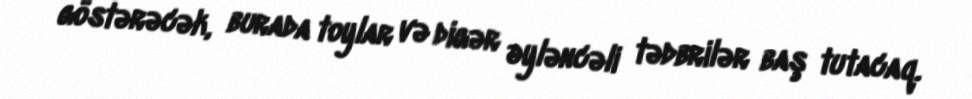
göstərəcək, burada toylar və digər əyləncəli tədbrilər baş tutacaq.